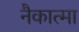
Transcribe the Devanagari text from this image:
नैकात्मा